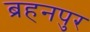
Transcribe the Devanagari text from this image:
ब्रहनपुर